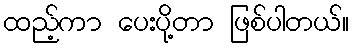
ထည့်ကာ ပေးပို့တာ ဖြစ်ပါတယ်။